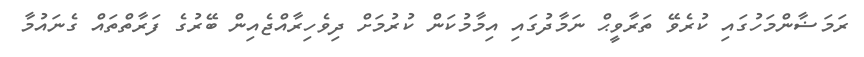
ރަމަޟާންމަހުގައި ކުރެވޭ ތަރާވީޙް ނަމާދުގައި އިމާމުކަން ކުރުމަށް ދިވެހިރާއްޖެއިން ބޭރުގެ ފަރާތްތައް ގެނައުމާ